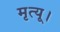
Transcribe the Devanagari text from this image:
मृत्यू।